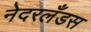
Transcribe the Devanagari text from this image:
नेदरलँडस